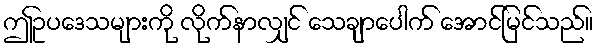
ဤဥပဒေသများကို လိုက်နာလျှင် သေချာပေါက် အောင်မြင်သည်။